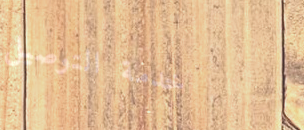
خدمة التوصيل